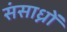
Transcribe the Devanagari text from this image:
संसाध्नों